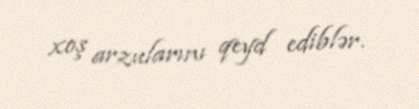
xoş arzularını qeyd ediblər.